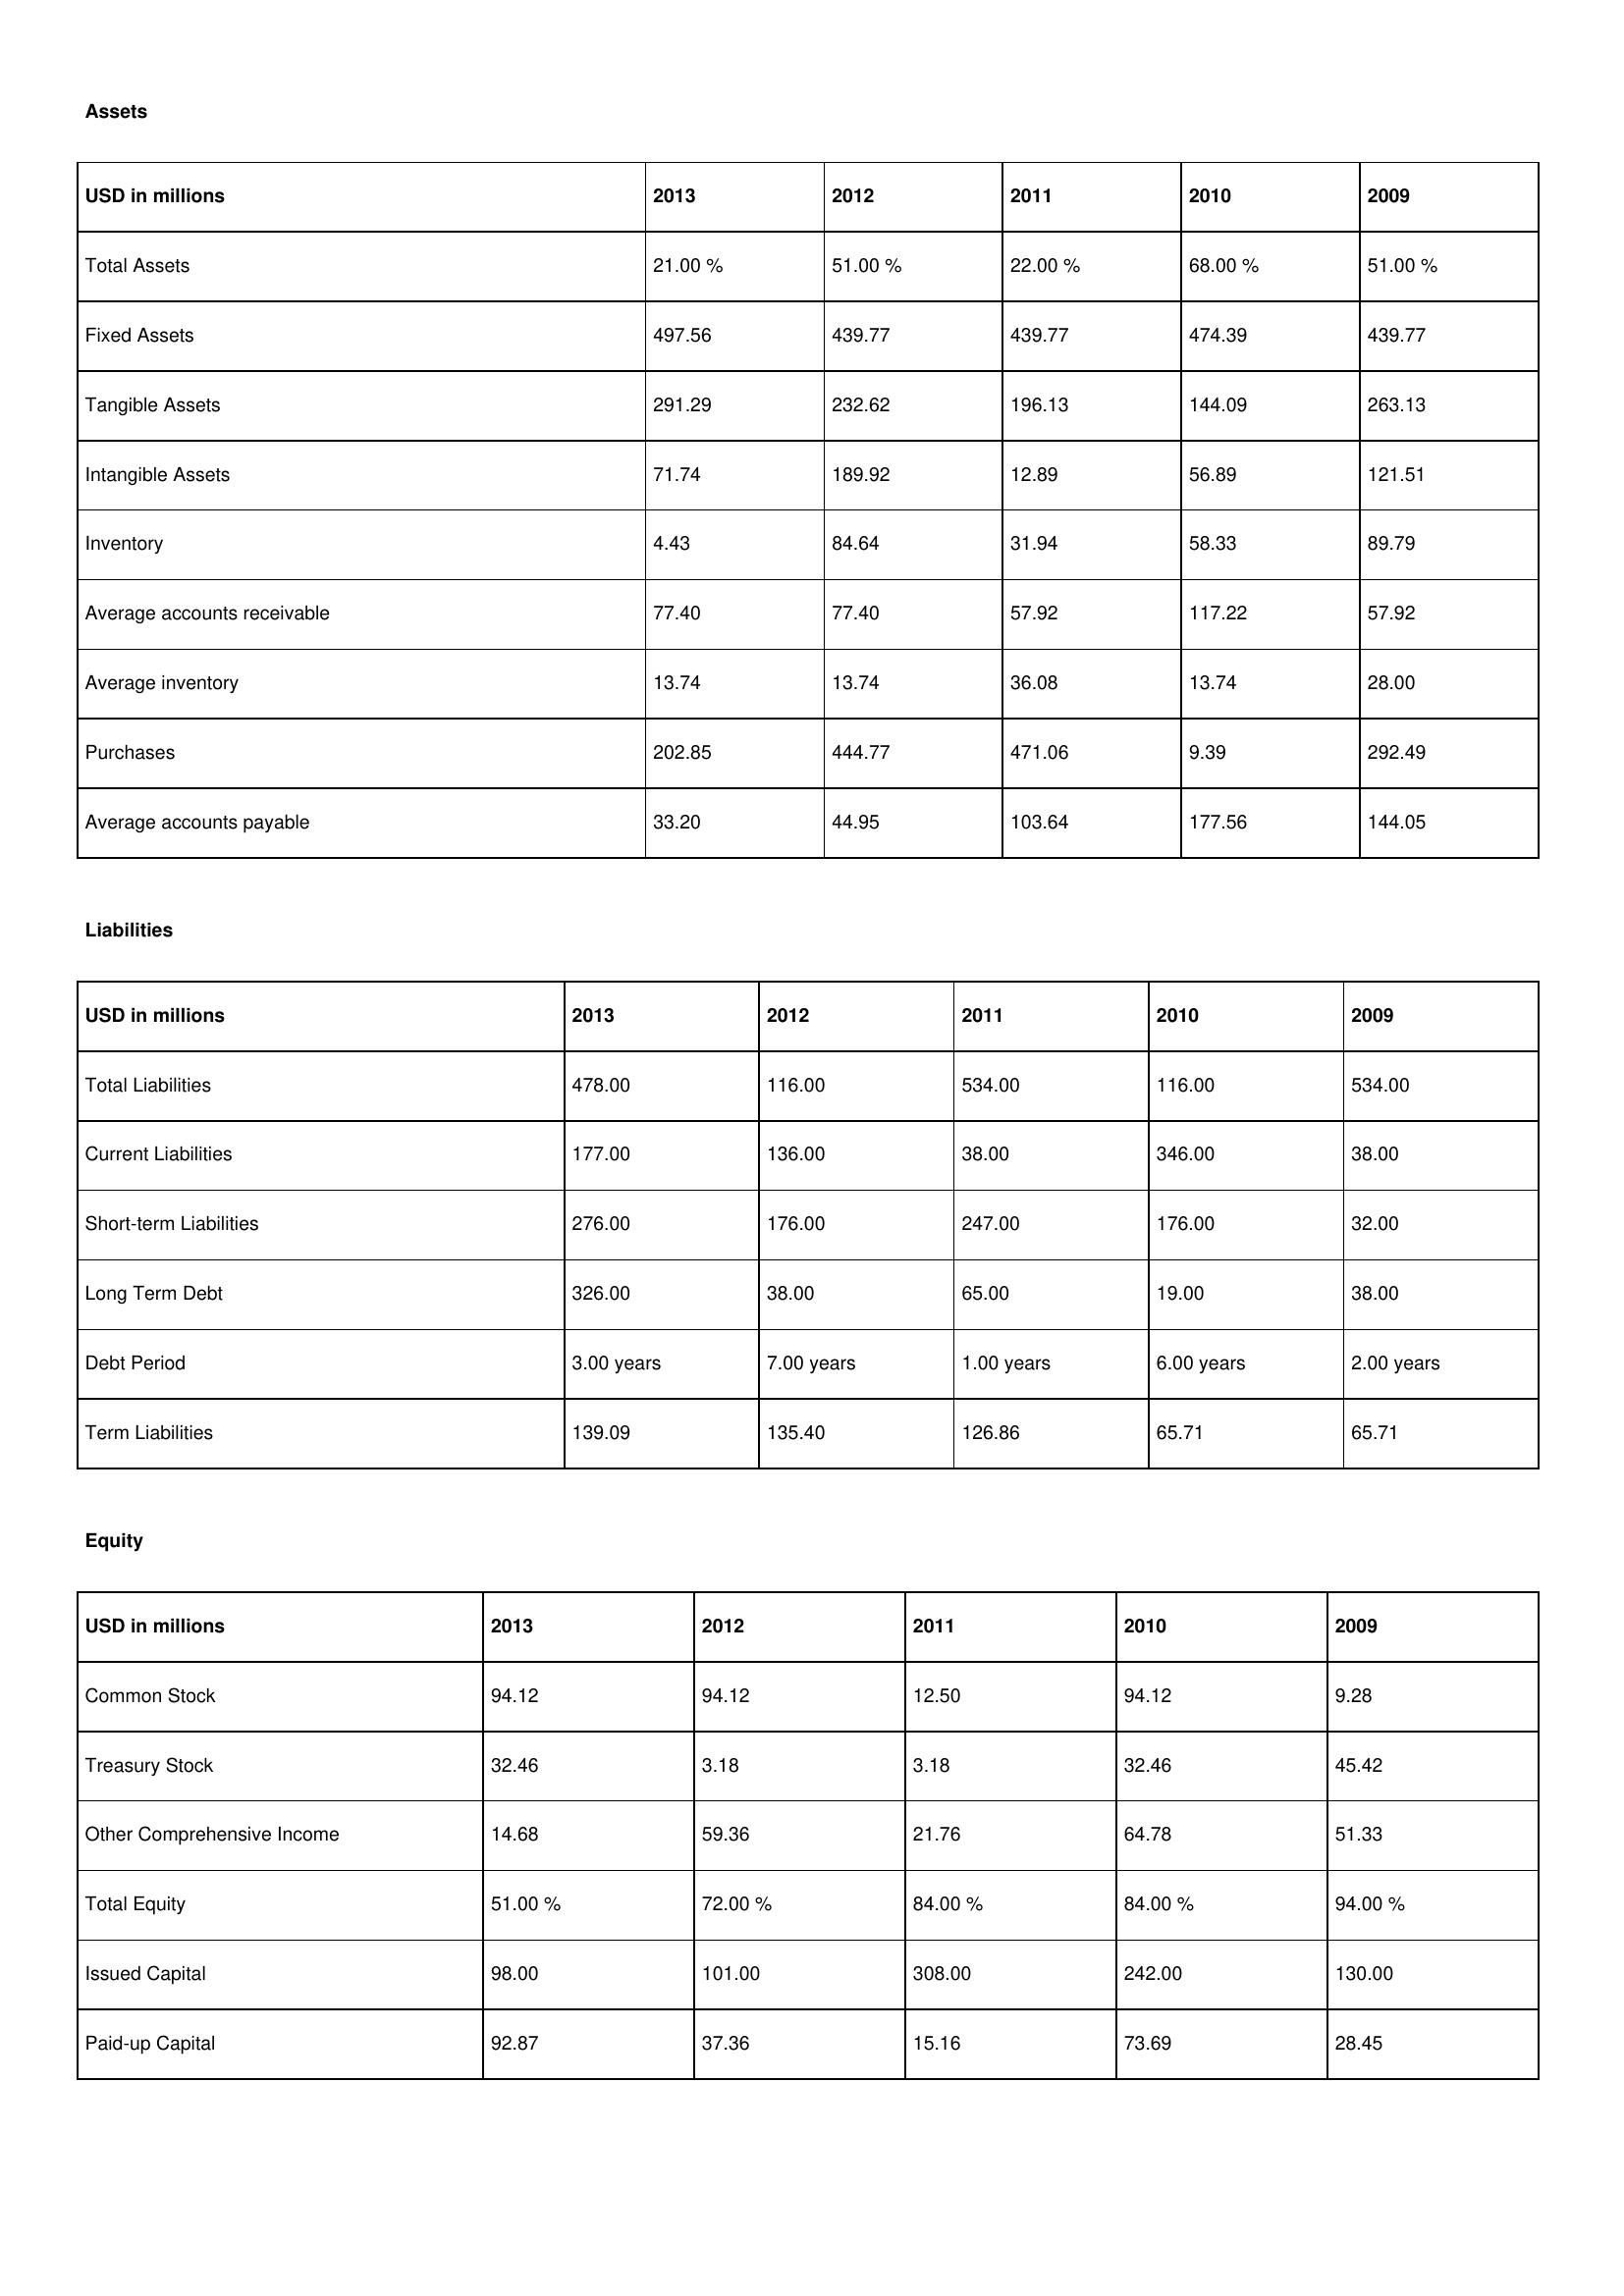
gt_parse: 2013: Assets: Total Assets: 21.00 %
Fixed Assets: 497.56
Tangible Assets: 291.29
Intangible Assets: 71.74
Inventory: 4.43
Average accounts receivable: 77.40
Average inventory: 13.74
Purchases: 202.85
Average accounts payable: 33.20
Liabilities: Total Liabilities: 478.00
Current Liabilities: 177.00
Short-term Liabilities: 276.00
Long Term Debt: 326.00
Debt Period: 3.00 years
Term Liabilities: 139.09
Equity: Common Stock: 94.12
Treasury Stock: 32.46
Other Comprehensive Income: 14.68
Total Equity: 51.00 %
Issued Capital: 98.00
Paid-up Capital: 92.87
2012: Assets: Total Assets: 51.00 %
Fixed Assets: 439.77
Tangible Assets: 232.62
Intangible Assets: 189.92
Inventory: 84.64
Average accounts receivable: 77.40
Average inventory: 13.74
Purchases: 444.77
Average accounts payable: 44.95
Liabilities: Total Liabilities: 116.00
Current Liabilities: 136.00
Short-term Liabilities: 176.00
Long Term Debt: 38.00
Debt Period: 7.00 years
Term Liabilities: 135.40
Equity: Common Stock: 94.12
Treasury Stock: 3.18
Other Comprehensive Income: 59.36
Total Equity: 72.00 %
Issued Capital: 101.00
Paid-up Capital: 37.36
2011: Assets: Total Assets: 22.00 %
Fixed Assets: 439.77
Tangible Assets: 196.13
Intangible Assets: 12.89
Inventory: 31.94
Average accounts receivable: 57.92
Average inventory: 36.08
Purchases: 471.06
Average accounts payable: 103.64
Liabilities: Total Liabilities: 534.00
Current Liabilities: 38.00
Short-term Liabilities: 247.00
Long Term Debt: 65.00
Debt Period: 1.00 years
Term Liabilities: 126.86
Equity: Common Stock: 12.50
Treasury Stock: 3.18
Other Comprehensive Income: 21.76
Total Equity: 84.00 %
Issued Capital: 308.00
Paid-up Capital: 15.16
2010: Assets: Total Assets: 68.00 %
Fixed Assets: 474.39
Tangible Assets: 144.09
Intangible Assets: 56.89
Inventory: 58.33
Average accounts receivable: 117.22
Average inventory: 13.74
Purchases: 9.39
Average accounts payable: 177.56
Liabilities: Total Liabilities: 116.00
Current Liabilities: 346.00
Short-term Liabilities: 176.00
Long Term Debt: 19.00
Debt Period: 6.00 years
Term Liabilities: 65.71
Equity: Common Stock: 94.12
Treasury Stock: 32.46
Other Comprehensive Income: 64.78
Total Equity: 84.00 %
Issued Capital: 242.00
Paid-up Capital: 73.69
2009: Assets: Total Assets: 51.00 %
Fixed Assets: 439.77
Tangible Assets: 263.13
Intangible Assets: 121.51
Inventory: 89.79
Average accounts receivable: 57.92
Average inventory: 28.00
Purchases: 292.49
Average accounts payable: 144.05
Liabilities: Total Liabilities: 534.00
Current Liabilities: 38.00
Short-term Liabilities: 32.00
Long Term Debt: 38.00
Debt Period: 2.00 years
Term Liabilities: 65.71
Equity: Common Stock: 9.28
Treasury Stock: 45.42
Other Comprehensive Income: 51.33
Total Equity: 94.00 %
Issued Capital: 130.00
Paid-up Capital: 28.45